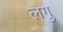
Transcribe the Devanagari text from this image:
लगु